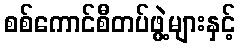
စစ်ကောင်စီတပ်ဖွဲ့များနှင့်